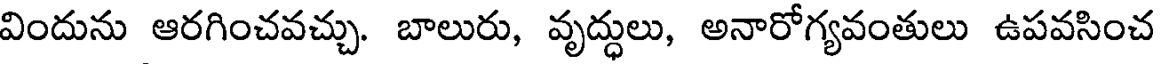
విందును ఆరగించవచ్చు. బాలురు, వృద్ధులు, అనారోగ్యవంతులు ఉపవసించ